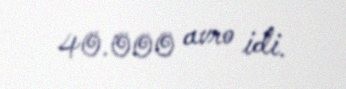
40.000 avro idi.